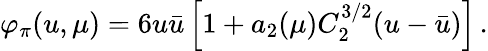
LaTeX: \varphi_{\pi}(u,\mu)=6u\bar{u}\left[1+a_{2}(\mu)C_{2}^{3/2}(u-\bar{u})\right]\, .